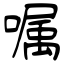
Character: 嘱